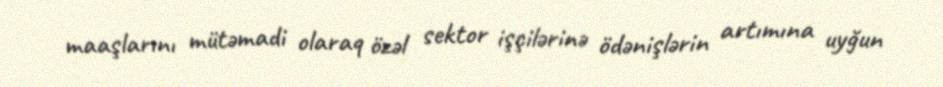
maaşlarını mütəmadi olaraq özəl sektor işçilərinə ödənişlərin artımına uyğun